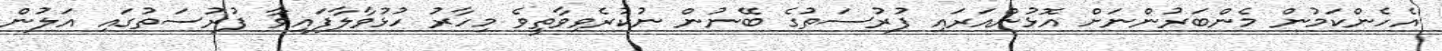
އެހެންކަމުން މެންބަރުންނަށް އޮޅުންއަރައި ފުރުސަތުގެ ބޭނުން ނުކުރެވިވާތީވެ މިހާރު ހުޅުވާލާފައިވާ ފުރުސަތުގައި އަލުން